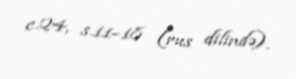
c.24, s.11–18 (rus dilində).